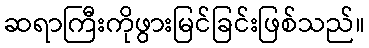
ဆရာကြီးကိုဖွားမြင်ခြင်းဖြစ်သည်။